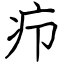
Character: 疖